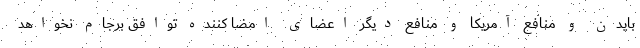
بایدن و منافع آمریکا و منافع دیگر اعضای امضا کننده توافق برجام نخواهد